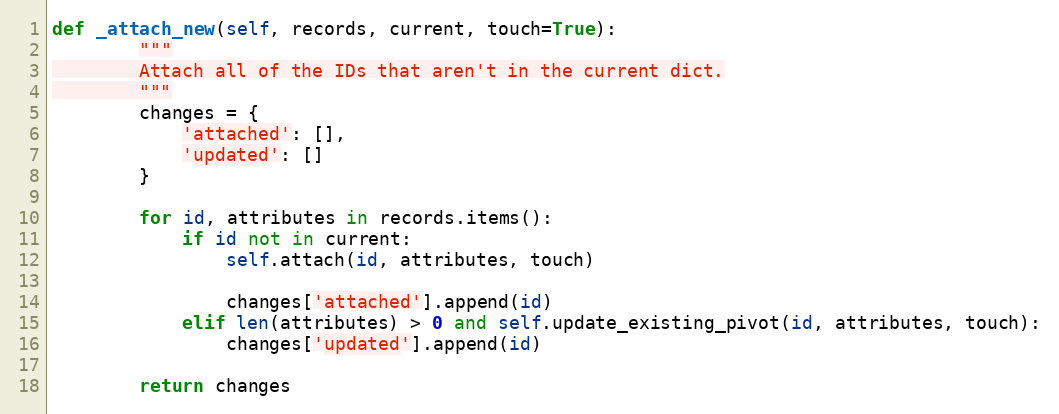
Language: Python
def _attach_new(self, records, current, touch=True):
        """
        Attach all of the IDs that aren't in the current dict.
        """
        changes = {
            'attached': [],
            'updated': []
        }

        for id, attributes in records.items():
            if id not in current:
                self.attach(id, attributes, touch)

                changes['attached'].append(id)
            elif len(attributes) > 0 and self.update_existing_pivot(id, attributes, touch):
                changes['updated'].append(id)

        return changes